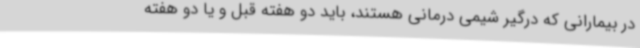
در بیمارانی که درگیر شیمی درمانی هستند، باید دو هفته قبل و یا دو هفته